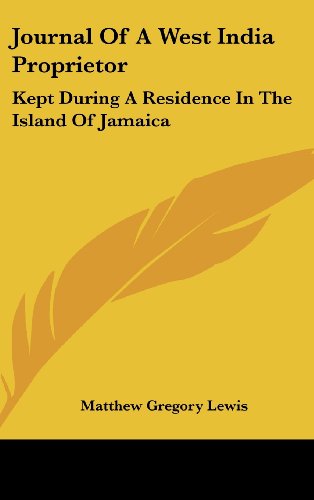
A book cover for Journal Of A West India Proprietor: Kept During A Residence In The Island Of Jamaica; Matthew Gregory Lewis; Travel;